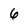
Character: 6